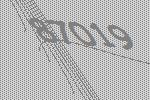
87019